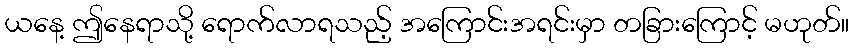
ယနေ့ ဤနေရာသို့ ရောက်လာရသည့် အကြောင်းအရင်းမှာ တခြားကြောင့် မဟုတ်။